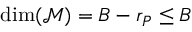
\mathrm { d i m } ( \mathcal { M } ) = B - r _ { P } \leq B